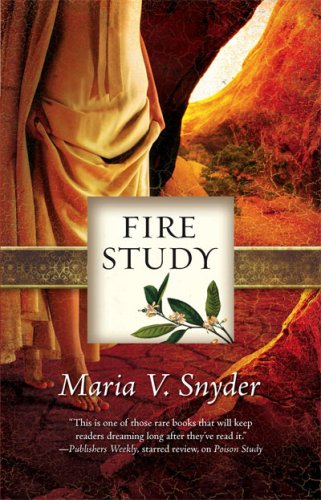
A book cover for Fire Study (Study, Book 3); Maria V. Snyder; Romance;